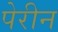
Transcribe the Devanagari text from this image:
पेरीन